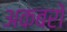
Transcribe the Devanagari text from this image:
अकबरो